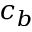
c _ { b }